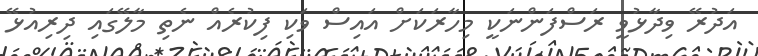
އަދުރޭ ވިދާޅުވީ ރަސްފަންނަކީ މިހާރަކަށް އައިސް ވަކި ފިކުރެއް ނެތި މާލޭގައި ދިރިއުޅޭ